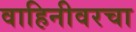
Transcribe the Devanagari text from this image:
वाहिनीवरचा